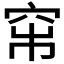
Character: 𥥏